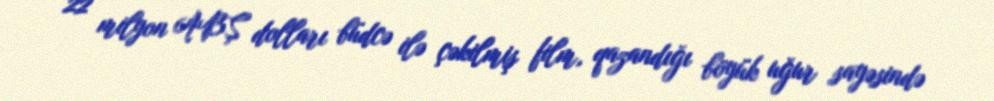
22 milyon ABŞ dolları büdcə ilə çəkilmiş film, qazandığı böyük uğur sayəsində